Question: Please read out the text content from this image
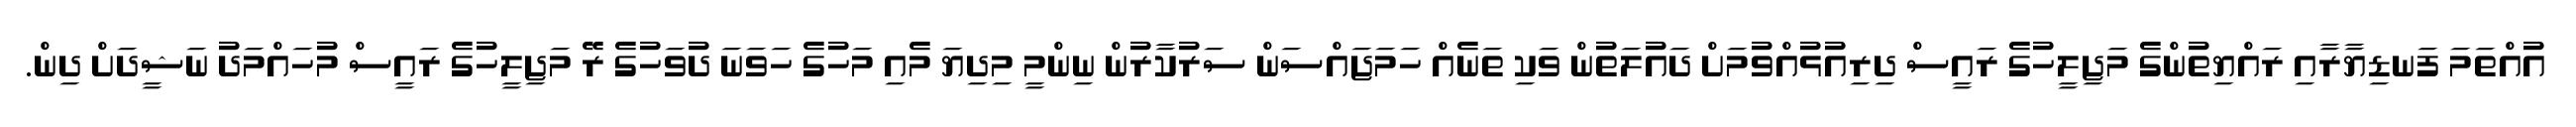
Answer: އުއްތަމަ ފަނޑިޔާރާއި ރައްޔިތުންގެ މަޖިލީހުގެ ރައީސް ދިރިއުޅުއްވުމަށް ދައުލަތުން ވަކި ތަނެއް ހަމަޖައްސަން ސަރުކާރުން ނިންމީ މިދިޔަ މެއި މަހުގެ ހަވަނަ ދުވަހުގެ ރޭ މަޖިލީހުގެ ރައީސް މުހައްމަދު ނަޝީދަށް ދިން.